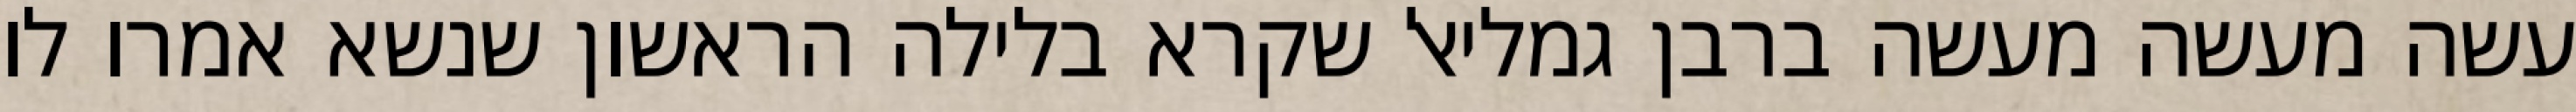
עשה מעשה מעשה ברבן גמליאל שקרא בלילה הראשון שנשא אמרו לו